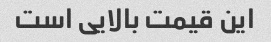
این قیمت بالایی است